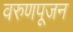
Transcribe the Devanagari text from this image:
वरुणपूजन